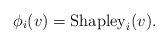
LaTeX: \begin{align*}\phi_i(v)=\operatorname{Shapley}_i(v).\end{align*}